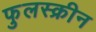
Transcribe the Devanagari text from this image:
फुलस्क्रीन